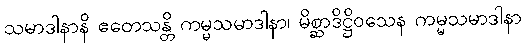
သမာဒါနာနိ ဧတေသန္တိ ကမ္မသမာဒါနာ၊ မိစ္ဆာဒိဋ္ဌိဝသေန ကမ္မသမာဒါနာ